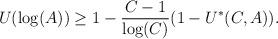
LaTeX: \begin{align*}\begin{aligned}U(\log(A)) & \geq 1 - \frac{C-1}{\log(C)} (1 - U^*(C,A)).\end{aligned}\end{align*}